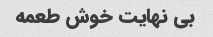
بی نهایت خوش طعمه